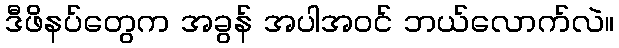
ဒီဖိနပ်တွေက အခွန် အပါအဝင် ဘယ်လောက်လဲ။